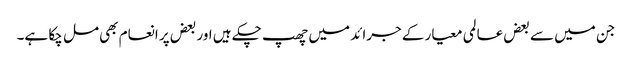
جن میں سے بعض عالمی معیار کے جرائد میں چھپ چکے ہیں اور بعض پر انعام بھی مل چکا ہے۔